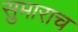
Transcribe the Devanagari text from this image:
सुमाराच